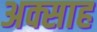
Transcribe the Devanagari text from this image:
अक्साह